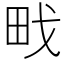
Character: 𭻀